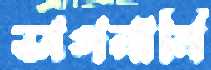
ভাগনানি